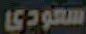
سعودي